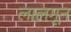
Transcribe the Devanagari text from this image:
लालगून